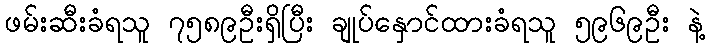
ဖမ်းဆီးခံရသူ ၇၅၈၉ဦးရှိပြီး ချုပ်နှောင်ထားခံရသူ ၅၉၆၉ဦး နဲ့